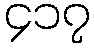
၄၁၇